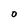
Character: O